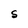
Character: S